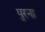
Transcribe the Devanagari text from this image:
पुरना